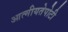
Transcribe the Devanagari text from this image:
आत्मीयतेपोटी